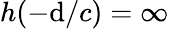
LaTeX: h(-\mathrm{d}/c)=\infty